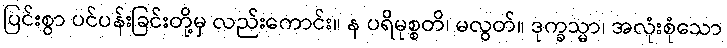
ပြင်းစွာ ပင်ပန်းခြင်းတို့မှ လည်းကောင်း။ န ပရိမုစ္စတိ၊ မလွတ်။ ဒုက္ခသ္မာ၊ အလုံးစုံသော